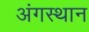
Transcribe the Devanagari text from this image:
अंगस्थान